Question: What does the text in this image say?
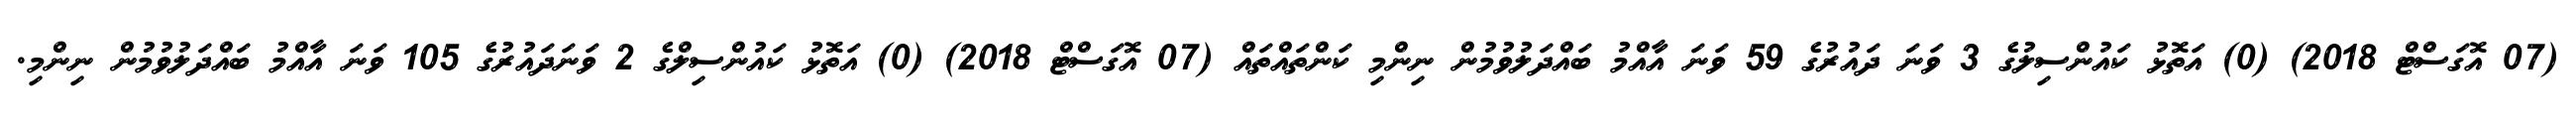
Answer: (07 އޮގަސްޓް 2018) (0) އަތޮޅު ކައުންސިލުގެ 3 ވަނަ ދައުރުގެ 59 ވަނަ އާއްމު ބައްދަލުވުމުން ނިންމި ކަންތައްތައް (07 އޮގަސްޓް 2018) (0) އަތޮޅު ކައުންސިލްގެ 2 ވަނަދައުރުގެ 105 ވަނަ އާއްމު ބައްދަލުވުމުން ނިންމި.